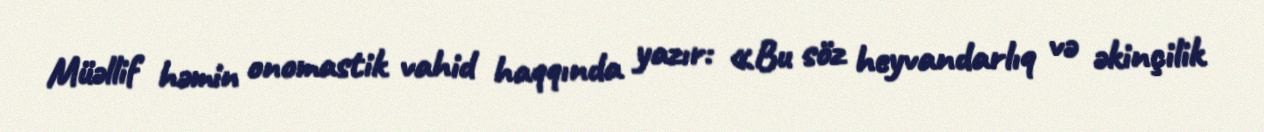
Müəllif həmin onomastik vahid haqqında yazır: «Bu söz heyvandarlıq və əkinçilik